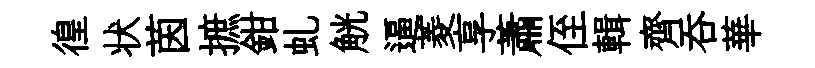
徨状茵摭鉗虬觥逼菱享蕭侄輯齊呑華